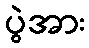
ပွဲအား